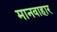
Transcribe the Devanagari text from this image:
मानवाहार